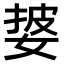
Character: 𫰷